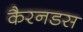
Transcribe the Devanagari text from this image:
कैरनडस